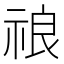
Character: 𱵒